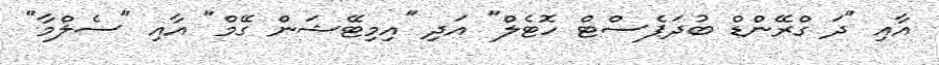
އާއި "ދަ ގްރޭންޑް ބުދަޕެސްޓް ހޮޓެލް" އަދި "އިމިޓޭޝަން ގޭމް" އާއި "ސެލްމާ"